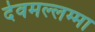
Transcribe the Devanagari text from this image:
देवमल्लम्मा